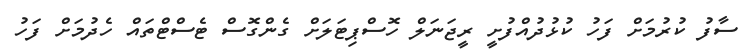
ސާފު ކުރުމަށް ފަހު ކުޅުދުއްފުށީ ރީޖަނަލް ހޮސްޕިޓަލަށް ގެންގޮސް ޓެސްޓްތައް ހެދުމަށް ފަހު